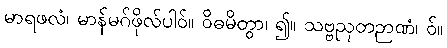
မာရဖလံ၊ မာန်မဂ်ဖိုလ်ပါဝ်။ ဝိဓမိတွာ၊ ၍။ သဗ္ဗညုတဉာဏံ၊ ဝ်။